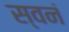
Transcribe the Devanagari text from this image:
स्वनं